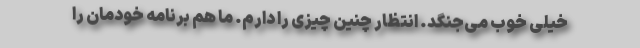
خیلی خوب می‌جنگد. انتظار چنین چیزی را دارم. ما هم برنامه خودمان را